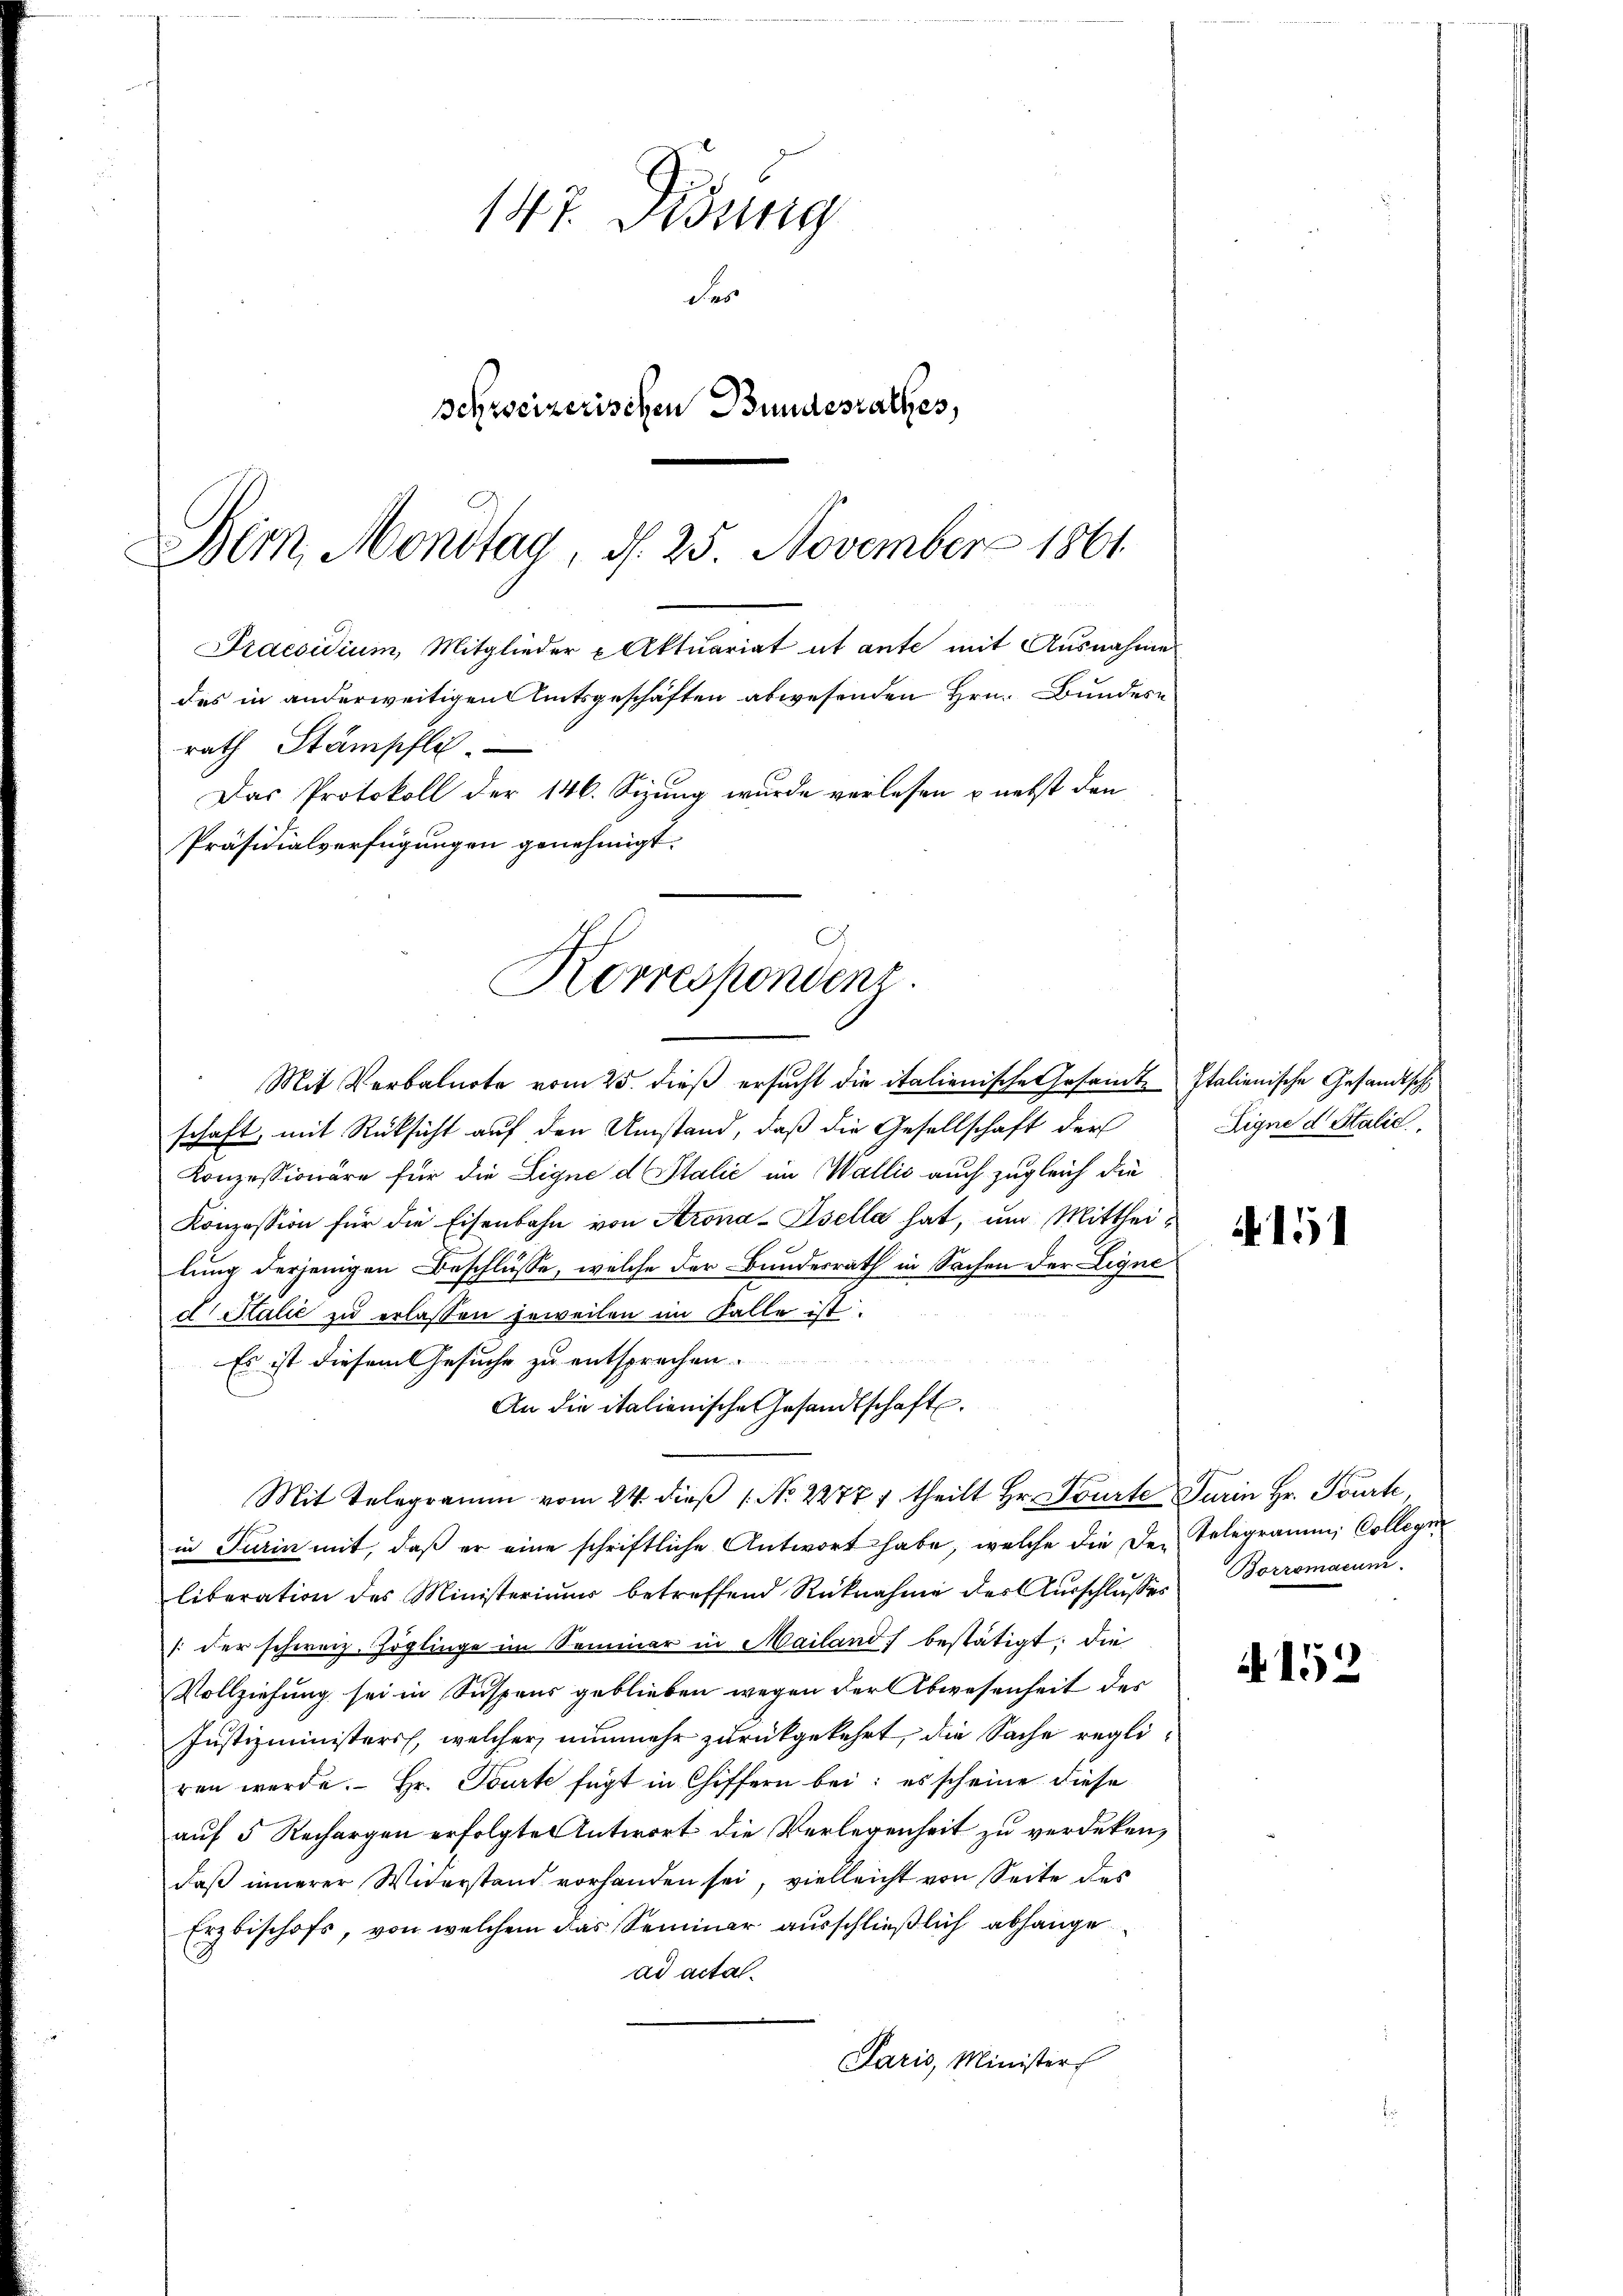
147. Didung
des
schweizerischen Bundesrathes,
Bern, Monstag, d. 25. November 1861
Praesidium, Mitglieder Aktuariat ut ante mit Ausnahme
des in anderweitigen Amtsgeschäften abwesenden Hrn. Bundesrath Stämpflich.
Das Protokoll der 146. Sizung wurde verlesen & nebst den
Präsidialverfügungen genehmigt.

Korrespondenz.

Mit Verbalnote vom 25. dieβ ersucht die italienische Gesamt Italienische Gesandtsch
schaft, mit Rücksicht auf den Umstand, daß die Gesellschaft der
Konzessionäre für die Ligne d Italić im Wallis auch zugleich die
Konzession für die Eisenbahn von Arona-Isella hat, um Mittheilung derjenigen Beschlüsse, welche der Bundesrath in Sachen der Ligne
d Italić zu erlassen jeweilen im Falle ist.
d
Es ist diesem Gesuche zu entsprechen.
An die italienische Gesandtschaft.
Mit Telegramm vom 24. dieβ 1. No. 22777 theilt Hr. Pourte Turin Hr. Pourte,
in Turin mit, daß er eine schriftliche Antwort habe, welche die Den Telegramm Collegie
liberation des Ministeriums betreffend Rücknahme der Aŭsschlŭsses Borromanum.
[der schweiz. Erglinge im Seminar in Mailand bestätigt; die
Vollziehung sei in Suspens geblieben wegen der Abwesenheit des
Justizministers, welcher nunmehr zurückgekehrt, die Sache regliren werde. Hr. Tourte fügt in Chiffern bei: es scheine diese
auf 5 Rechargen erfolgte Antwort die Verlegenheit zu verdeken,
daβ innerer Widerstand vorhanden sei, vielleicht von Seite des
Erzbischofs, von welchem das Seminar ausschließlich abhange
ad acta.
Paris, Minister

Eigne d. Stalie

151

A 152